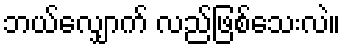
ဘယ်လျှောက် လည်ဖြစ်သေးလဲ။